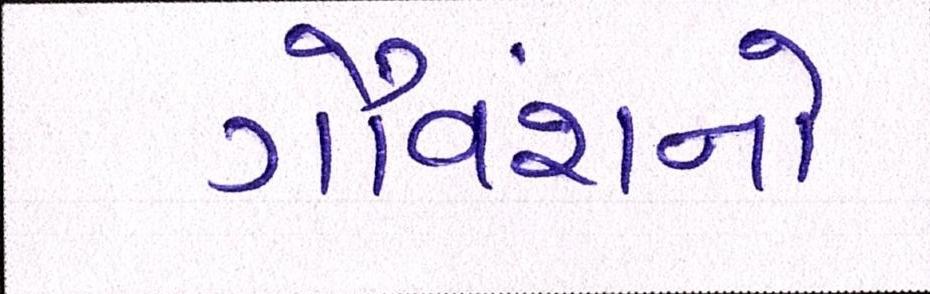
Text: ગૌવંશનો